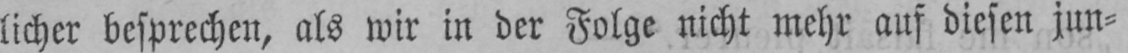
lichcr besprechen, als wir in der Folge nicht mehr auf diesen jun⸗